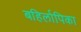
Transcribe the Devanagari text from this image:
बहिर्लापिका